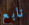
نابع